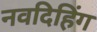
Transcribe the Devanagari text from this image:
नवदिहिंग